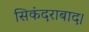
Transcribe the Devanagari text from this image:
सिकंदराबाद।